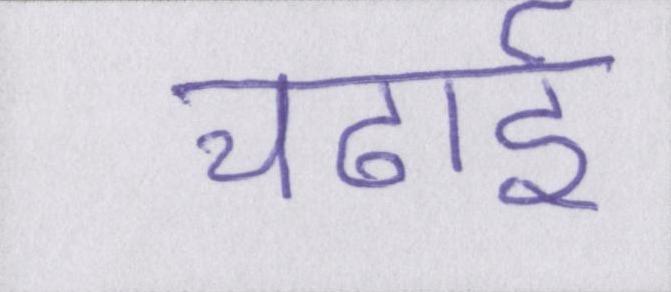
चढाई